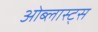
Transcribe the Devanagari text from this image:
ओब्लास्ट्स